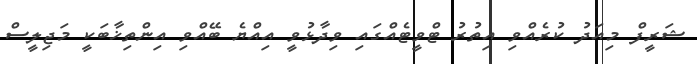
ޝަރީފް މިއަދު ކުރެއްވި އިތުރު ޓްވީޓެއްގައި ވިދާޅުވީ އިއްޔެ ބޭއްވި އިންތިޚާބަކީ މަޖިލީސް